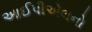
આઈપીએલનો